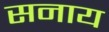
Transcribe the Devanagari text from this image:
सनाय